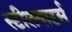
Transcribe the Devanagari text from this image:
स्टीलवाटर्स